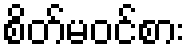
စိတ်မဝင်စား